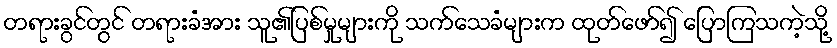
တရားခွင်တွင် တရားခံအား သူ၏ပြစ်မှုများကို သက်သေခံများက ထုတ်ဖော်၍ ပြောကြသကဲ့သို့